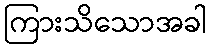
ကြားသိသောအခါ